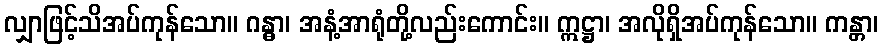
လျှာဖြင့်သိအပ်ကုန်သော။ ဂန္ဓာ၊ အနံ့အာရုံတို့လည်းကောင်း။ ဣဋ္ဌာ၊ အလိုရှိအပ်ကုန်သော။ ကန္တာ၊